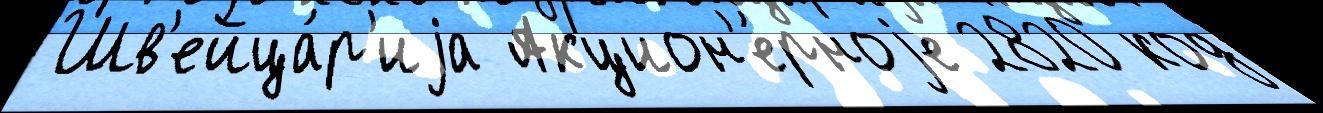
Шв'ейца́р'иjа Акцион'е́рноjе 2820 код